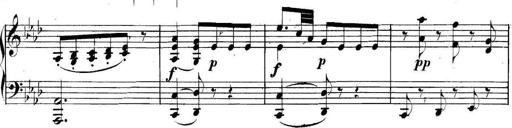
Title: Collected Piano Sonatas
Composer: Muzio Clementi